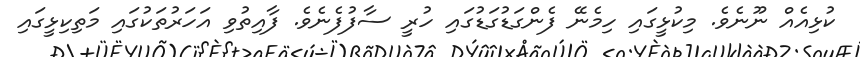
ކުޅިއެއް ނޫނެވެ. މިކުޅީގައި ހިމެނޭ ފެންގަޑުގަޑުގައި ހުރީ ސާފުފެނެވެ. ފާއިތުވި އަހަރުތަކުގައި މަތިކިޅީގައި